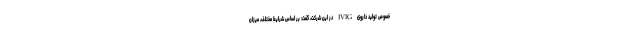
خصوص تولید داروی IVIG در این شرکت، گفت: بر اساس شرایط مختلف، میزان